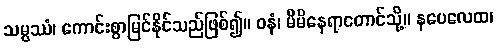
သမ္ပဿံ၊ ကောင်းစွာမြင်နိုင်သည်ဖြစ်၍။ ဝနံ၊ မိမိနေရာတောင်သို့။ နပေလေထ၊